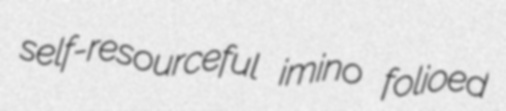
self-resourceful imino folioed